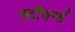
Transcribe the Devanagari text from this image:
स्टीयर्न्स